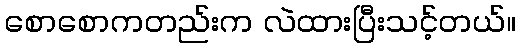
စောစောကတည်းက လဲထားပြီးသင့်တယ်။